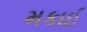
મકાઈ